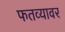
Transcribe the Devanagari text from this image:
फतव्यावर